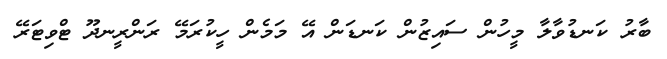
ބާރު ކަނޑުވާލާ މީހުން ސައިޒުން ކަނޑަން އޭ މަމެން ހީކުރަމޭ ރަންރީނދޫ ޓްވިޓަރޭ